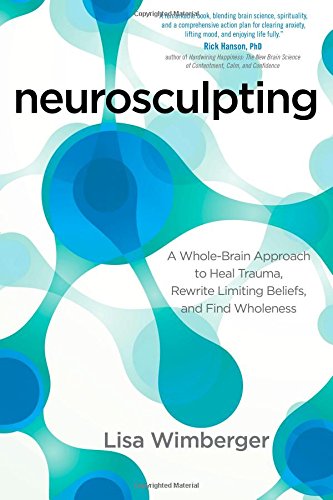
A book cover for Neurosculpting: A Whole-Brain Approach to Heal Trauma, Rewrite Limiting Beliefs, and Find Wholeness; Lisa Wimberger; Self-Help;